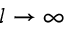
l \to \infty